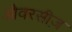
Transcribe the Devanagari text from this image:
औवरसीज़